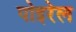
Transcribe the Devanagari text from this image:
पोइरेल